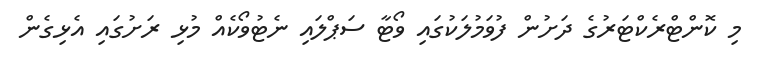
މި ކޮންޓްރެކްޓަރުގެ ދަށުން ފުވަމުލަކުގައި ވޯޓާ ސަޕްލައި ނެޓުވޯކެއް މުޅި ރަށުގައި އެޅިގެން